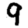
Digit: 9